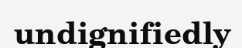
undignifiedly